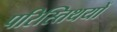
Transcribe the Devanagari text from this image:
परिस्तिथयों